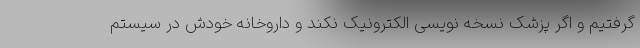
گرفتیم و اگر پزشک نسخه نویسی الکترونیک نکند و داروخانه خودش در سیستم